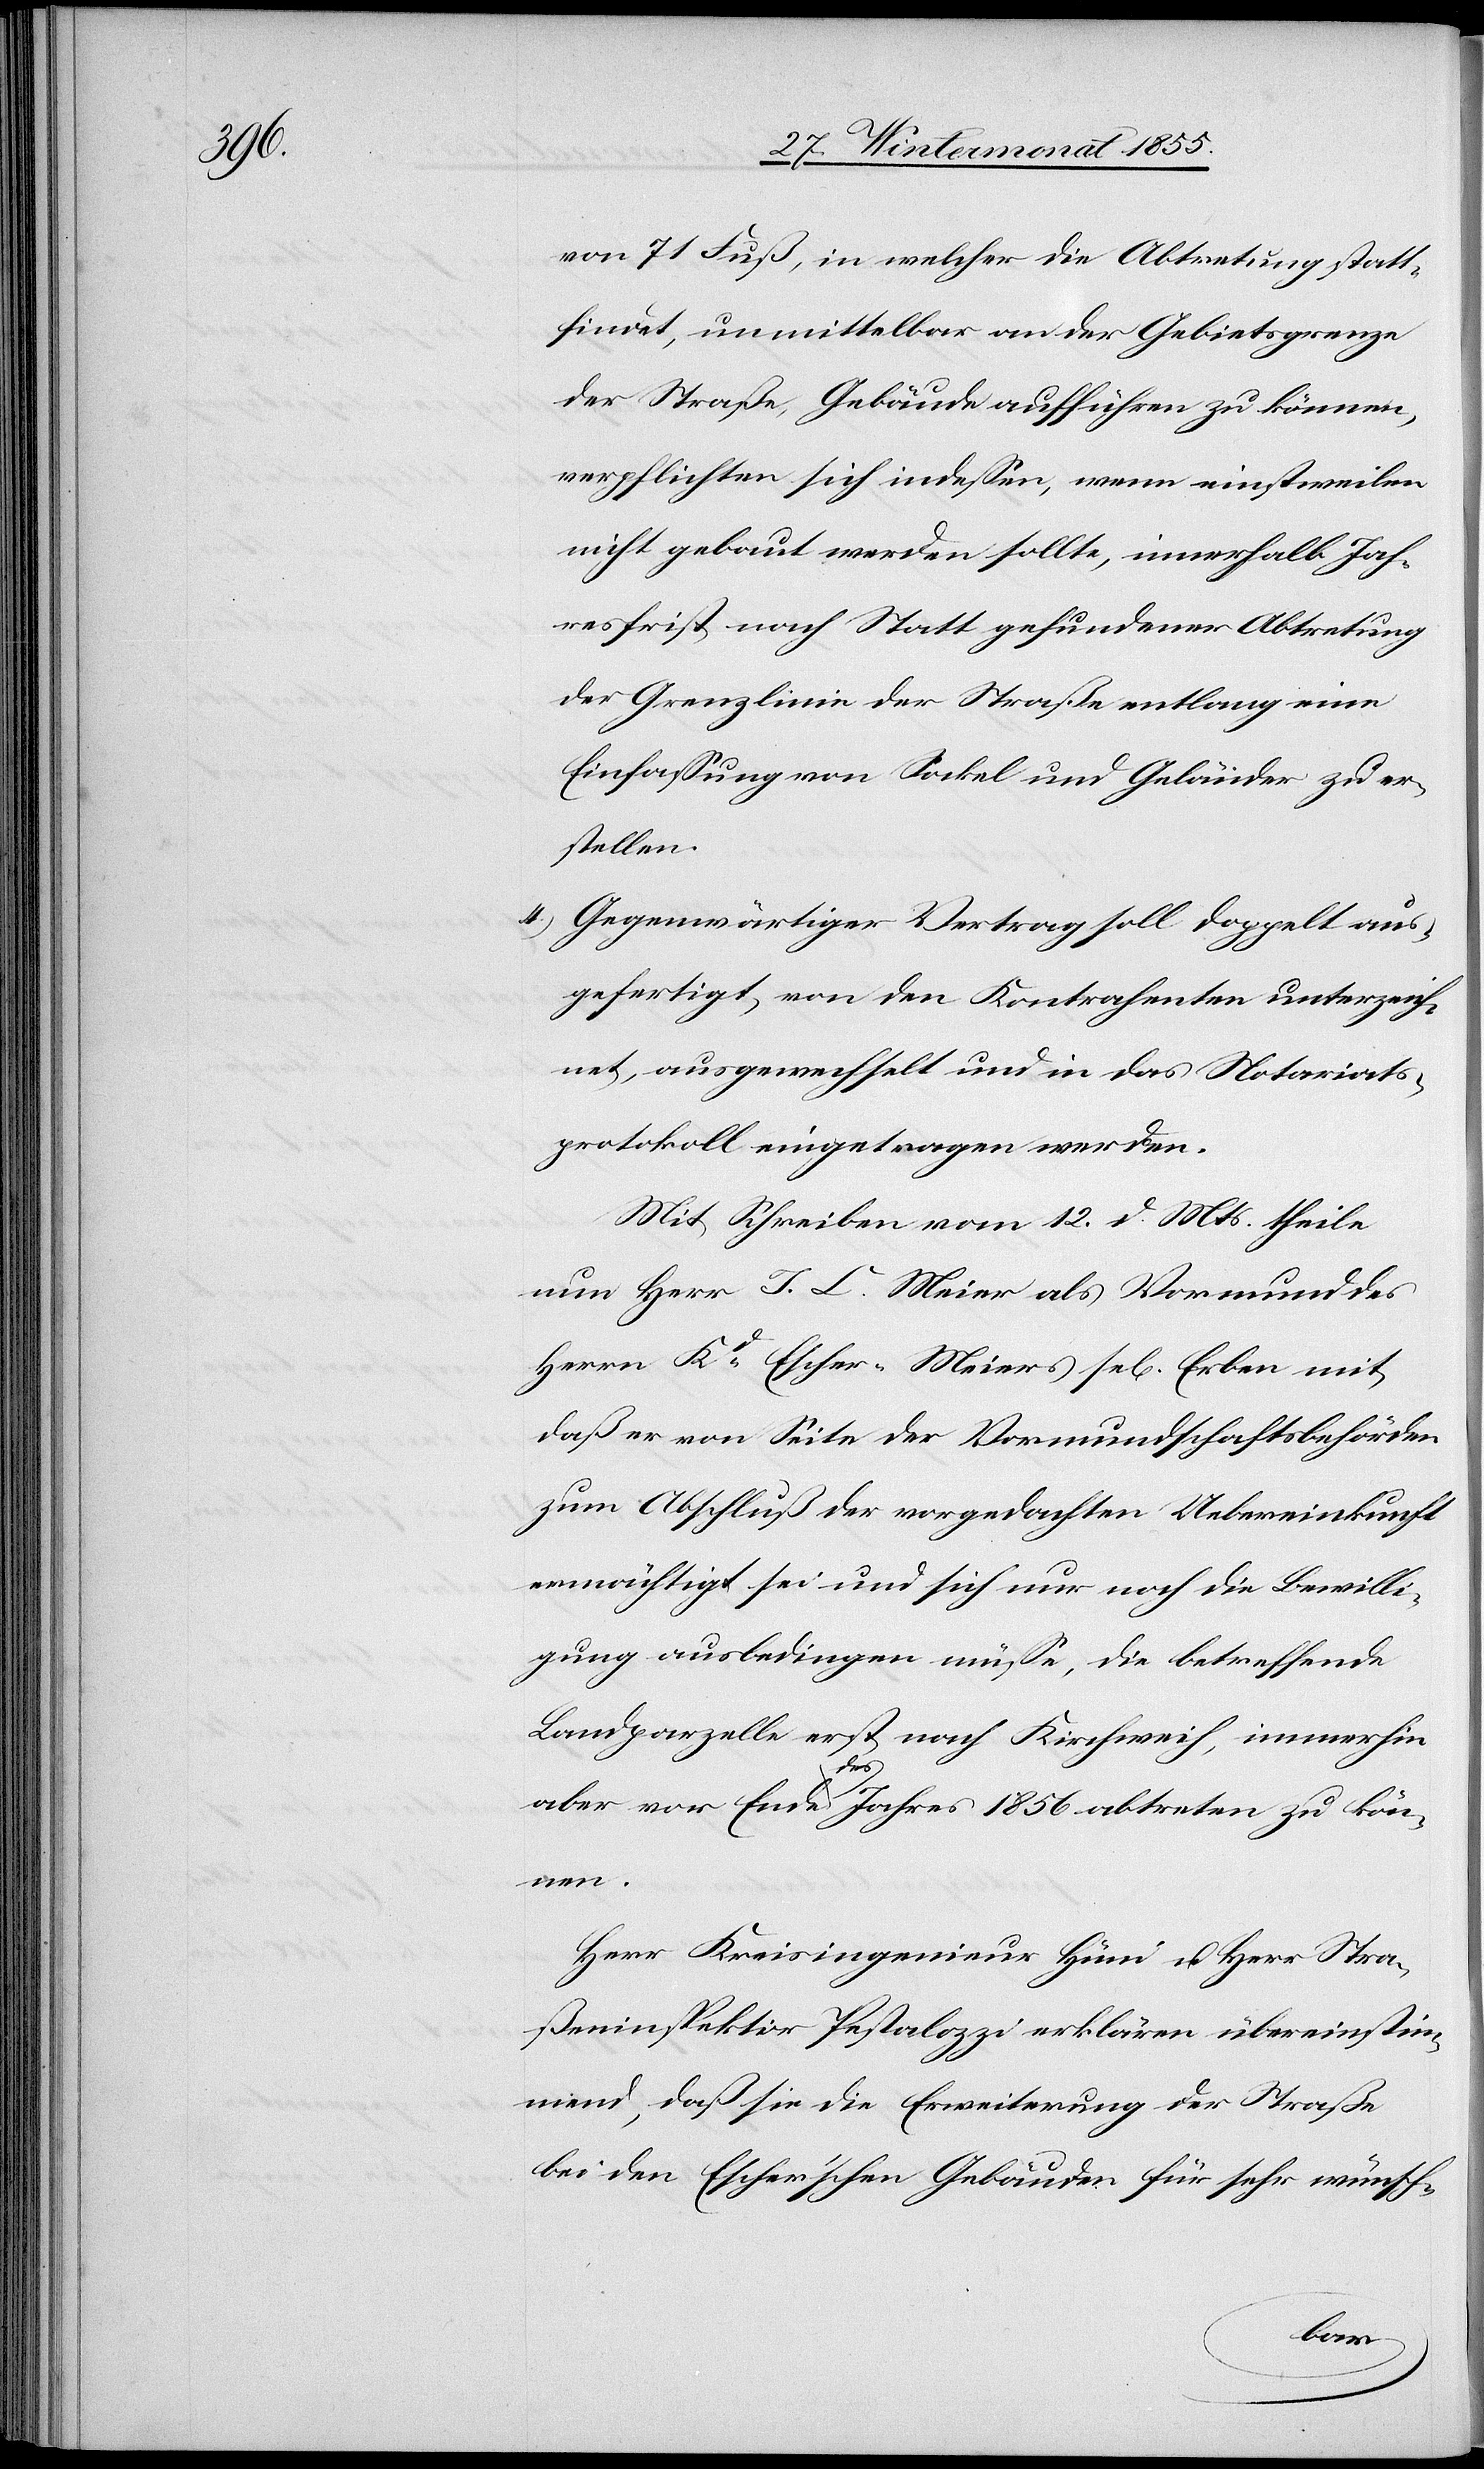
von 71 Fuß, in welcher die Abtretung statt¬
findet, unmittelbar an der Gebietsgrenze
der Straße, Gebäude aufführen zu können,
verpflichten sich indessen, wenn einstweilen
nicht gebaut werden sollte, innerhalb Jah¬
resfrist nach Statt gefundener Abtretung
der Grenzlinie der Straße entlang eine
Einfassung von Sockel und Geländer zu er¬
stellen.
Gegenwärtiger Vertrag soll doppelt aus¬
gefertigt, von den Kontrahenten unterzeich¬
net, ausgewechselt und in das Notariats¬
protokoll eingetragen werden.
Mit Schreiben vom 12. d. Mts. theile
nun Herr J. C. Meier als Vormund des
Herrn Kd. Escher-Meiers sel[ig] Erben mit,
daß er von Seite der Vormundschaftsbehörden
zum Abschluß der vorgedachten Uebereinkunft
ermächtigt sei und sich nur noch die Bewilli¬
gung ausbedingen müsse, die betreffende
Landparzelle erst nach Kirchweih, immerhin
aber vor Ende des Jahres 1856 abtreten zu kön¬
nen.
Herr Kreisingenieur Hüni u. Herr Stra¬
ßeninspektor Pestalozzi erklären übereinstim¬
mend, daß sie die Erweiterung der Straße
bei den Escher’schen Gebäuden für sehr wünsch-